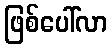
ဖြစ်ပေါ်လာ